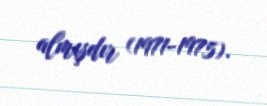
almışdır (1971-1975).